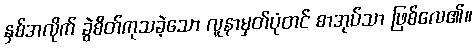
နှစ်အလိုက် ခွဲစိတ်ကုသခဲ့သော လူနာမှတ်ပုံတင် စာအုပ်သာ ဖြစ်လေ၏။